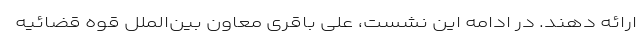
ارائه دهند. در ادامه این نشست، علی باقری معاون بین‌الملل قوه قضائیه